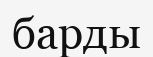
барды